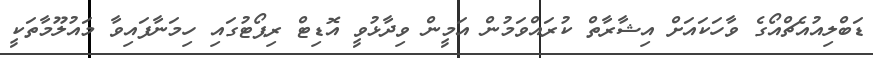
ޑަބްލިއުއެޗްއޯގެ ވާހަކައަށް އިޝާރާތް ކުރައްވަމުން އަމީން ވިދާޅުވީ އޮޑިޓް ރިޕޯޓުގައި ހިމަނާފައިވާ މައުލޫމާތަކީ